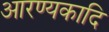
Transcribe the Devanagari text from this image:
आरण्यकादि